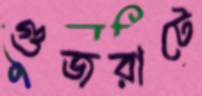
গুজরাটে